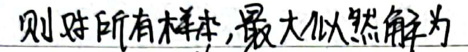
则对所有样本，最大似然解为